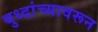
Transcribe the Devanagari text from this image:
बुध्दांच्यावरून